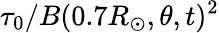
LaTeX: \tau_{0}/B(0.7R_{\odot},\theta,t)^{2}